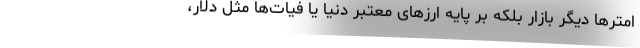
امترها دیگر بازار بلکه بر پایه ارزهای معتبر دنیا یا فیات‌ها مثل دلار،